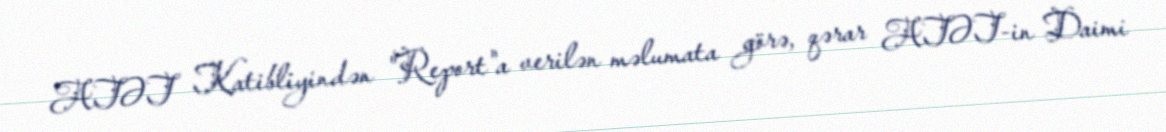
ATƏT Katibliyindən "Report"a verilən məlumata görə, qərar ATƏT-in Daimi